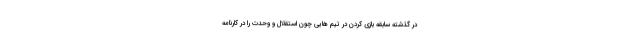
در گذشته سابقه بازی کردن در تیم هایی چون استقلال و وحدت را در کارنامه